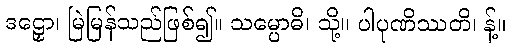
ဒဠှော၊ မြဲမြန်သည်ဖြစ်၍။ သမ္ပောဓိ၊ သို့။ ပါပုဏိဿတိ၊ န့်။